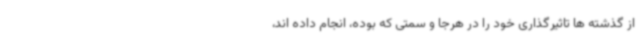
از گذشته ها تاثیرگذاری خود را در هرجا و سمتی که بوده، انجام داده اند،